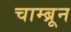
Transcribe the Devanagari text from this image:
चाम्ब्रून